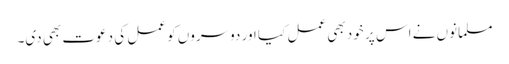
مسلمانوں نے اس پر خود بھی عمل کیا اور دوسروں کو عمل کی دعوت بھی دی۔